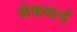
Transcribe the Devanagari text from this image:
मेकवर्ल्ड